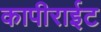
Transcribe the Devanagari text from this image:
कापीराईट